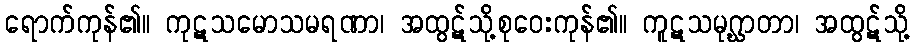
ရောက်ကုန်၏။ ကုဋသမောသမရဏာ၊ အထွဋ်သို့စုဝေးကုန်၏။ ကူဋသမုဂ္ဃာတာ၊ အထွဋ်သို့